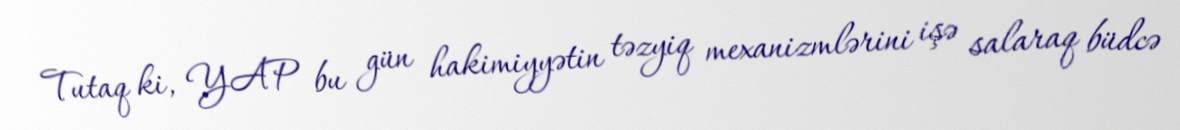
Tutaq ki, YAP bu gün hakimiyyətin təzyiq mexanizmlərini işə salaraq büdcə